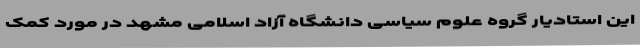
این استادیار گروه علوم سیاسی دانشگاه آزاد اسلامی مشهد در مورد کمک